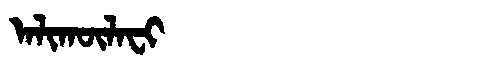
Manchu: ᠠᠯᡳᡴᡡᠯᠠᠸᡳ
Romanization: ALIKŪLAFI